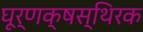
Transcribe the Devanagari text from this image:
घूर्णक्षस्थिरक